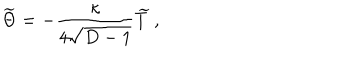
{ \widetilde \Theta } = - { \frac { \kappa } { 4 \sqrt { D - 1 } } } { \widetilde T } ~ ,